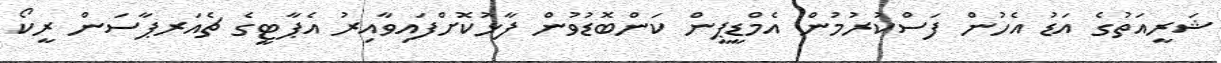
ޝަރީއަތުގެ އަޑު އެހުން ފަސްކުރުމުން އެމްޑީޕީން ކަންބޮޑުވުން ފާޅުކޮށްފައިވާއިރު އެޕާޓީގެ ޗެއަރޕާސަން ރީކޯ